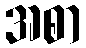
အစာ